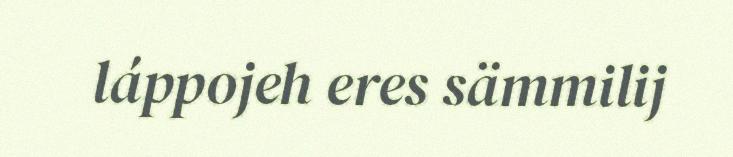
láppojeh eres sämmilij